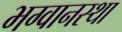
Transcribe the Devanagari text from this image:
भग्वानस्था